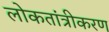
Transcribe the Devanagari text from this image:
लोकतांत्रीकरण